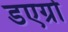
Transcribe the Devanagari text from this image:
डएग्रो